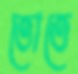
তোতে